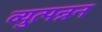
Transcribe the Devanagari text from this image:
व्युत्पन्नन